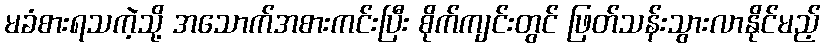
မခံစားရသကဲ့သို့ အသောက်အစားကင်းပြီး စိုက်ကျင်းတွင် ဖြတ်သန်းသွားလာနိုင်မည့်